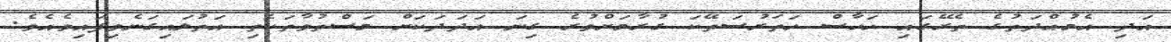
އަދި އެމުއްދަތުގެ ތެރޭގައި ހަހާސް ހަތަރުސަތޭކަ ގުރާމަށްވުރެ ގިނަ އަދަދަކަށް މަސްތުވާތަކެތި އަތުލައިގަނެވިފައިވެއެވެ.